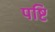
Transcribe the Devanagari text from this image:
पष्टि